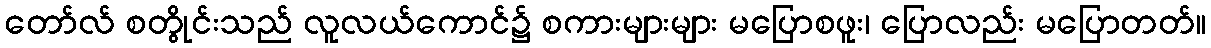
တော်လ် စတွိုင်းသည် လူလယ်ကောင်၌ စကားများများ မပြောစဖူး၊ ပြောလည်း မပြောတတ်။